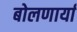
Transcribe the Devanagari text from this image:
बोलणार्या